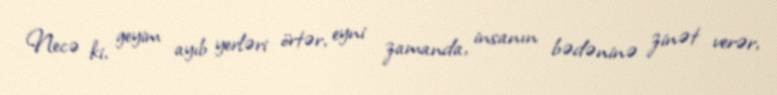
Necə ki, geyim ayıb yerləri örtər, eyni zamanda, insanın bədəninə zinət verər,